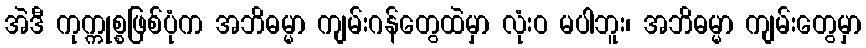
အဲဒီ ကုက္ကုစ္စဖြစ်ပုံက အဘိဓမ္မာ ကျမ်းဂန်တွေထဲမှာ လုံးဝ မပါဘူး၊ အဘိဓမ္မာ ကျမ်းတွေမှာ